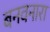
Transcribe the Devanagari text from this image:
बनवनारा